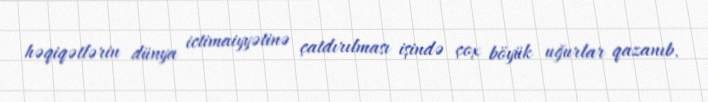
həqiqətlərin dünya ictimaiyyətinə çatdırılması işində çox böyük uğurlar qazanıb.